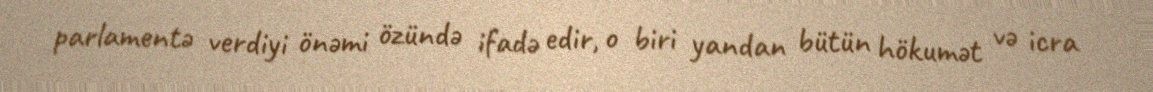
parlamentə verdiyi önəmi özündə ifadə edir, o biri yandan bütün hökumət və icra